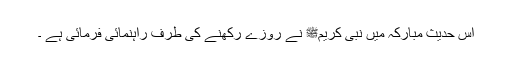
اس حدیث مبارکہ میں نبی کریمﷺ نے روزے رکھنے کی طرف راہنمائی فرمائی ہے ۔